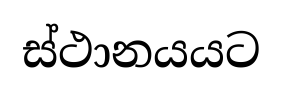
ස්ථානයයට